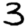
Digit: 3